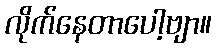
လိုက်နေတာပေါ့ဗျာ။